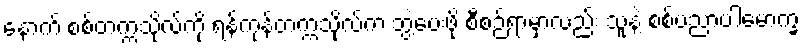
နောက် စစ်တက္ကသိုလ်ကို ရန်ကုန်တက္ကသိုလ်က ဘွဲ့ပေးဖို့ စီစဉ်ရာမှာလည်း သူနဲ့ စစ်ပညာပါမောက္ခ